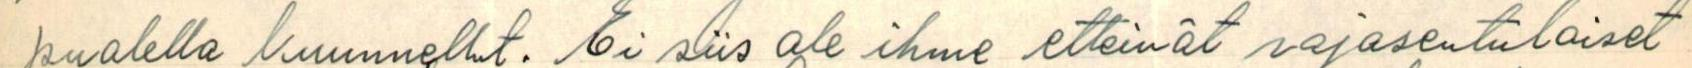
puolella kuunnellut. Ei siis ole ihme etteivät rajaseutulaiset